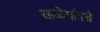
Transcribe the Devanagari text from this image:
खळेगांवचे